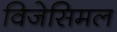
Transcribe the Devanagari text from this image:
विजेसिमल